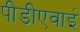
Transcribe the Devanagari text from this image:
पीडीएवाई